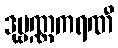
ဒုဗ္ဗဏ္ဏကရဏီ